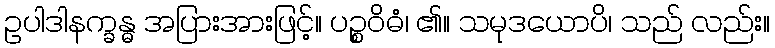
ဥပါဒါနက္ခန္ဓ အပြားအားဖြင့်။ ပဉ္စဝိဓံ၊ ၏။ သမုဒယောပိ၊ သည် လည်း။